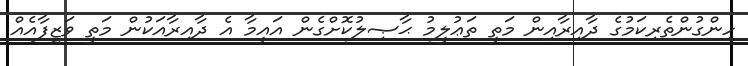
ހިންގުންތެރިކަމުގެ ދާއިރާއިން މަތީ ތަޢުލީމު ޙާޞިލުކޮށްގެން އައީމާ އެ ދާއިރާއަކުން މަތީ ވަޒީފާއެއް